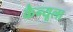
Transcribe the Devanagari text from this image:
कैन्यूला